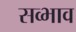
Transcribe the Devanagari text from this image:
सव्भाव